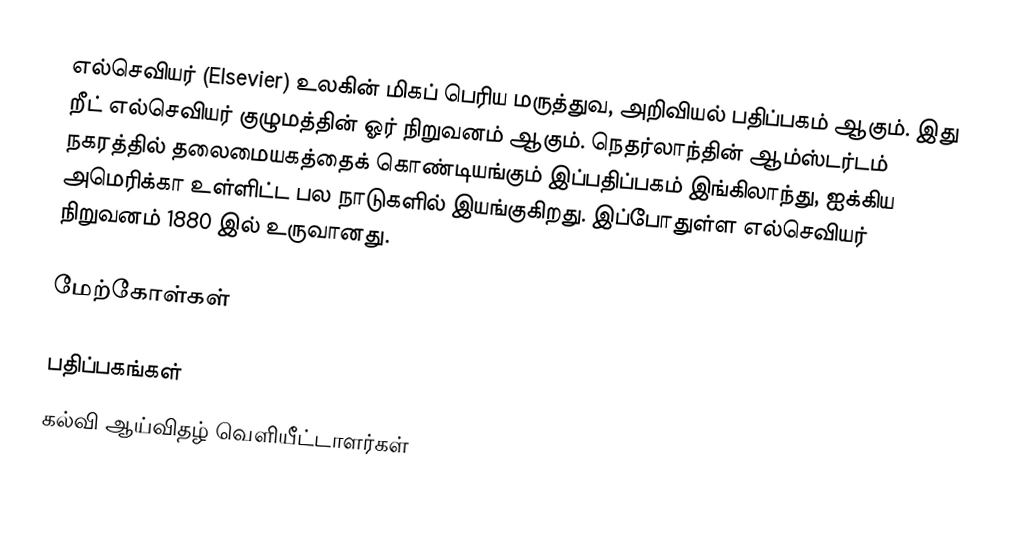
எல்செவியர் (Elsevier) உலகின் மிகப் பெரிய மருத்துவ, அறிவியல் பதிப்பகம் ஆகும். இது றீட் எல்செவியர் குழுமத்தின் ஓர் நிறுவனம் ஆகும். நெதர்லாந்தின் ஆம்ஸ்டர்டம் நகரத்தில் தலைமையகத்தைக் கொண்டியங்கும் இப்பதிப்பகம் இங்கிலாந்து, ஐக்கிய அமெரிக்கா உள்ளிட்ட பல நாடுகளில் இயங்குகிறது. இப்போதுள்ள எல்செவியர் நிறுவனம் 1880 இல் உருவானது.

மேற்கோள்கள்

பதிப்பகங்கள்
கல்வி ஆய்விதழ் வெளியீட்டாளர்கள்